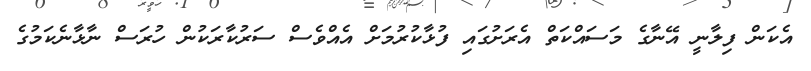
އެކަން ފިލާނީ އޭނާގެ މަސައްކަތް އެރަށުގައި ފުޅާކުރުމަށް އެއްވެސް ސަރުކާރަކުން ހުރަސް ނާޅާނެކަމުގެ